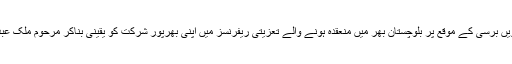
انہوں نے پارٹی کے کارکنوں کو ہدایت کی ہے کہ مرحوم ملک عبدالعلی کاکڑ کی 8 ویں برسی کے موقع پر بلوچستان بھر میں منعقدہ ہونے والے تعزیتی ریفرنسز میں اپنی بھرپور شرکت کو یقینی بناکر مرحوم ملک عبدالعلی کاکڑ کی جدوجہد اور ان کی خدمات کو خراج عقیدت و خراج تحسین پیش کریں ۔